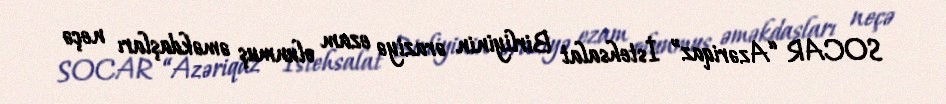
SOCAR “Azəriqaz” İstehsalat Birliyinin əraziyə ezam olunmuş əməkdaşları neçə